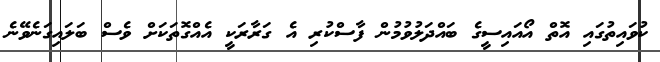
ކުވައިތުގައި އޮތް އޯއައިސީގެ ބައްދަލުވުމުން ފާސްކުރި އެ ގަރާރަކީ އެއްގޮތަކަށް ވެސް ބަލައިގަނެވޭނެ